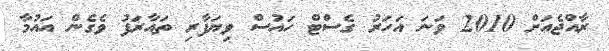
ރާއްޖެއަށް 2010 ވަނަ އަހަރު ގެސްޓް ހައުސް ވިޔަފާރި ތައާރަފު ވެގެން އައުމާ